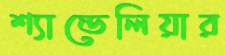
শ্যান্ডেলিয়ার